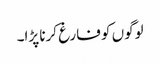
لوگوں کو فارغ کرنا پڑا۔